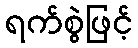
ရက်စွဲဖြင့်